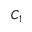
C _ { 1 }